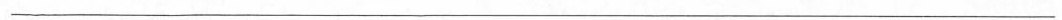
___